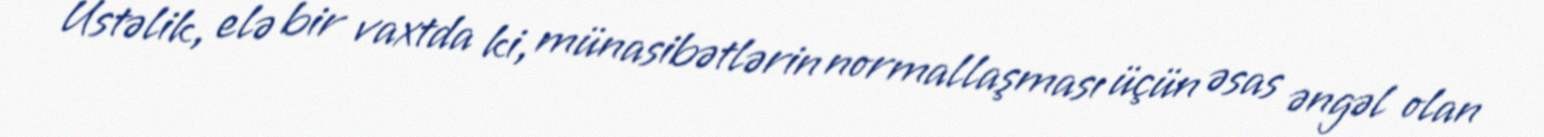
Üstəlik, elə bir vaxtda ki, münasibətlərin normallaşması üçün əsas əngəl olan